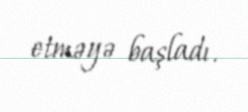
etməyə başladı.